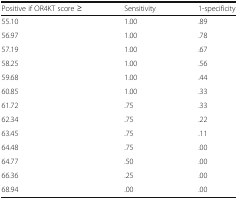
<table><thead><tr><td><b>Positive if OR4KT score ≥</b></td><td><b>Sensitivity</b></td><td><b>1-specificity</b></td></tr></thead><tbody><tr><td>55.10</td><td>1.00</td><td>.89</td></tr><tr><td>56.97</td><td>1.00</td><td>.78</td></tr><tr><td>57.19</td><td>1.00</td><td>.67</td></tr><tr><td>58.25</td><td>1.00</td><td>.56</td></tr><tr><td>59.68</td><td>1.00</td><td>.44</td></tr><tr><td>60.85</td><td>1.00</td><td>.33</td></tr><tr><td>61.72</td><td>.75</td><td>.33</td></tr><tr><td>62.34</td><td>.75</td><td>.22</td></tr><tr><td>63.45</td><td>.75</td><td>.11</td></tr><tr><td>64.48</td><td>.75</td><td>.00</td></tr><tr><td>64.77</td><td>.50</td><td>.00</td></tr><tr><td>66.36</td><td>.25</td><td>.00</td></tr><tr><td>68.94</td><td>.00</td><td>.00</td></tr></tbody></table>